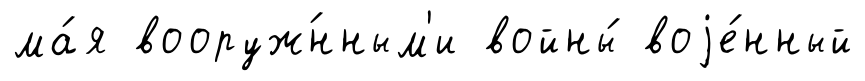
ма́я вооруж́нным'и войны́ воjе́нный